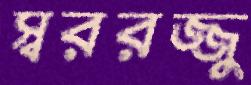
স্বররজ্জু